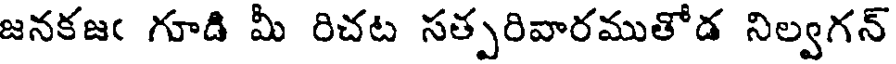
జనకజఁ గూడి మీ రిచట సత్పరివారముతోడ నిల్వగన్